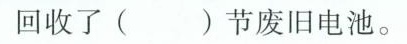
回收了()节废旧电池。